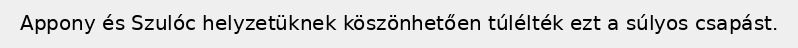
Appony és Szulóc helyzetüknek köszönhetően túlélték ezt a súlyos csapást.